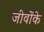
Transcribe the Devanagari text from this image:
जीवोंके